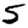
Digit: 5